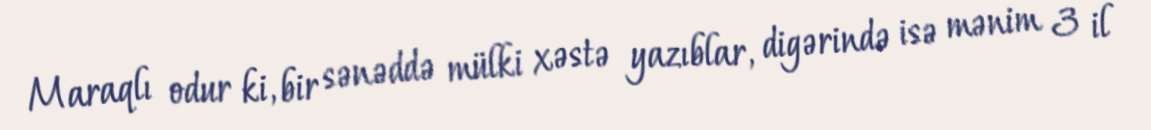
Maraqlı odur ki, bir sənəddə mülki xəstə yazıblar, digərində isə mənim 3 il